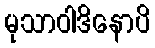
မုသာဝါဒိနောပိ